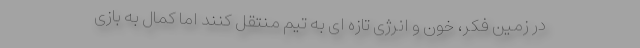
در زمین فکر، خون و انرژی تازه ای به تیم منتقل کنند اما کمال به بازی